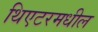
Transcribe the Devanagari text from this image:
थिएटरमधील